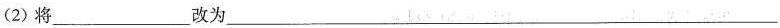
(2) 将___改为___